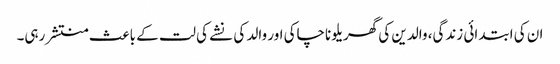
ان کی ابتدائی زندگی، والدین کی گھریلو ناچاکی اور والد کی نشے کی لت کے باعث منتشر رہی۔